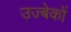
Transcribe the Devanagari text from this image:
उज्बेकों